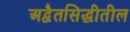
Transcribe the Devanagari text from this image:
अद्वैतसिद्धीतील